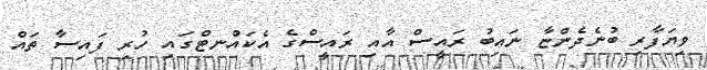
ވިޔަފާރި ބުނެދެންޏާ ނައިބު ރައީސް އާއި ރައީސްގެ އެކައުްނޓްގައި ހުރި ފައިސާ ތައް